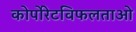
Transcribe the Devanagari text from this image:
कोर्पोरेटविफलताओ